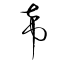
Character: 希